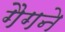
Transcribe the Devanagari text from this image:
गैगने